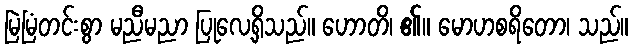
မြဲမြံတင်းစွာ မညီမညာ ပြုလေ့ရှိသည်။ ဟောတိ၊ ၏။ မောဟစရိတော၊ သည်။